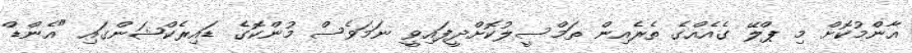
އާންމުކޮށް މި ޕްލޭ ގެއެއްގެ ތެރެއިން ތަމްސީލުކޮށްދީފައިވީ ނަމަވެސް މުންކޮގެ ޑައިރެކްޝަންގައި "އެންޑް